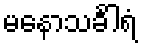
မနောသင်္ခါရံ